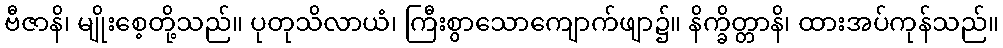
ဗီဇာနိ၊ မျိုးစေ့တို့သည်။ ပုတုသိလာယံ၊ ကြီးစွာသောကျောက်ဖျာ၌။ နိက္ခိတ္တာနိ၊ ထားအပ်ကုန်သည်။